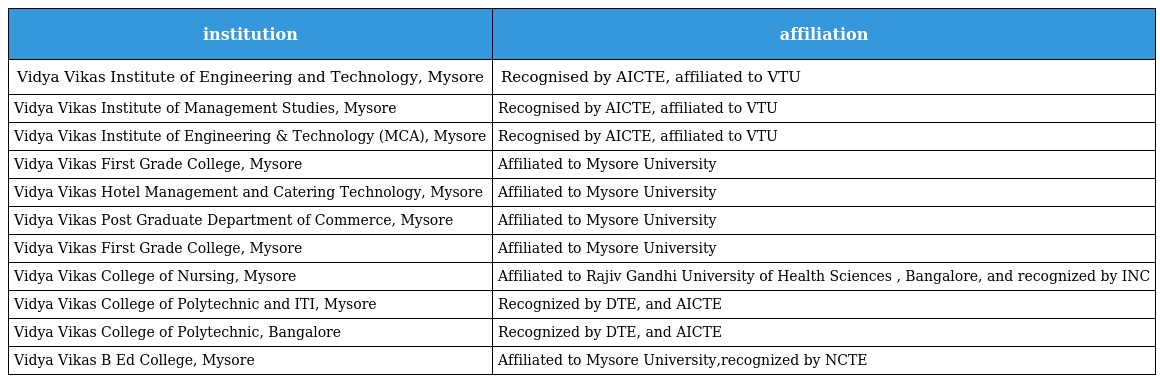
| institution | affiliation |
 | --- | --- |
 | Vidya Vikas Institute of Engineering and Technology, Mysore | Recognised by AICTE, affiliated to VTU |
 | Vidya Vikas Institute of Management Studies, Mysore | Recognised by AICTE, affiliated to VTU |
 | Vidya Vikas Institute of Engineering & Technology (MCA), Mysore | Recognised by AICTE, affiliated to VTU |
 | Vidya Vikas First Grade College, Mysore | Affiliated to Mysore University |
 | Vidya Vikas Hotel Management and Catering Technology, Mysore | Affiliated to Mysore University |
 | Vidya Vikas Post Graduate Department of Commerce, Mysore | Affiliated to Mysore University |
 | Vidya Vikas First Grade College, Mysore | Affiliated to Mysore University |
 | Vidya Vikas College of Nursing, Mysore | Affiliated to Rajiv Gandhi University of Health Sciences , Bangalore, and recognized by INC |
 | Vidya Vikas College of Polytechnic and ITI, Mysore | Recognized by DTE, and AICTE |
 | Vidya Vikas College of Polytechnic, Bangalore | Recognized by DTE, and AICTE |
 | Vidya Vikas B Ed College, Mysore | Affiliated to Mysore University,recognized by NCTE |